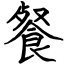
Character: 餐